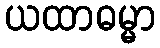
ယထာဓမ္မာ